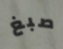
صبغ